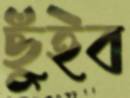
ছুঁইব